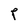
Character: P